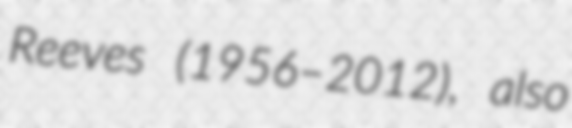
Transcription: Reeves (1956–2012), also